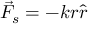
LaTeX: { \vec { F } } _ { s } = - k r { \hat { r } }